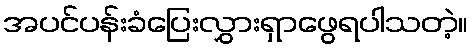
အပင်ပန်းခံပြေးလွှားရှာဖွေရပါသတဲ့။